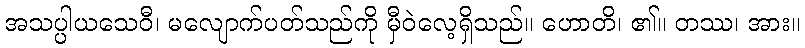
အသပ္ပါယသေဝီ၊ မလျောက်ပတ်သည်ကို မှီဝဲလေ့ရှိသည်။ ဟောတိ၊ ၏။ တဿ၊ အား။